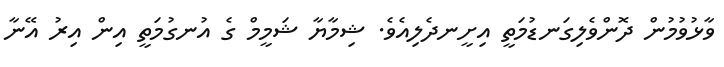
ވާޅުވުމުން ދޮންވެލިގަނޑުމަތީ އިށީނދެލިއެވެ. ޝިމާޔާ ޝަމީމް ގެ އުނގުމަތީ އިން އިރު އޭނާ